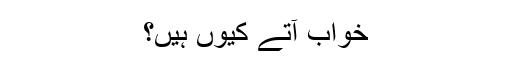
خواب آتے کیوں ہیں؟